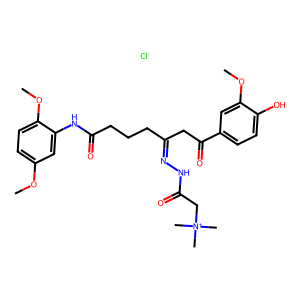
SMILES: COc1ccc(OC)c(NC(=O)CCCC(CC(=O)c2ccc(O)c(OC)c2)=NNC(=O)C[N+](C)(C)C)c1.[Cl-]
Inhibits HIV replication: No